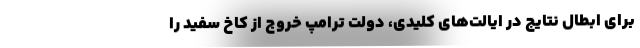
برای ابطال نتایج در ایالت‌های کلیدی، دولت ترامپ خروج از کاخ سفید را